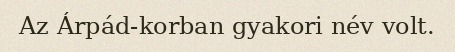
Az Árpád-korban gyakori név volt.